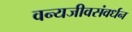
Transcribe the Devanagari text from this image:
वन्यजीवसंवर्धन